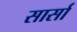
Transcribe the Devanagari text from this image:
सार्सा